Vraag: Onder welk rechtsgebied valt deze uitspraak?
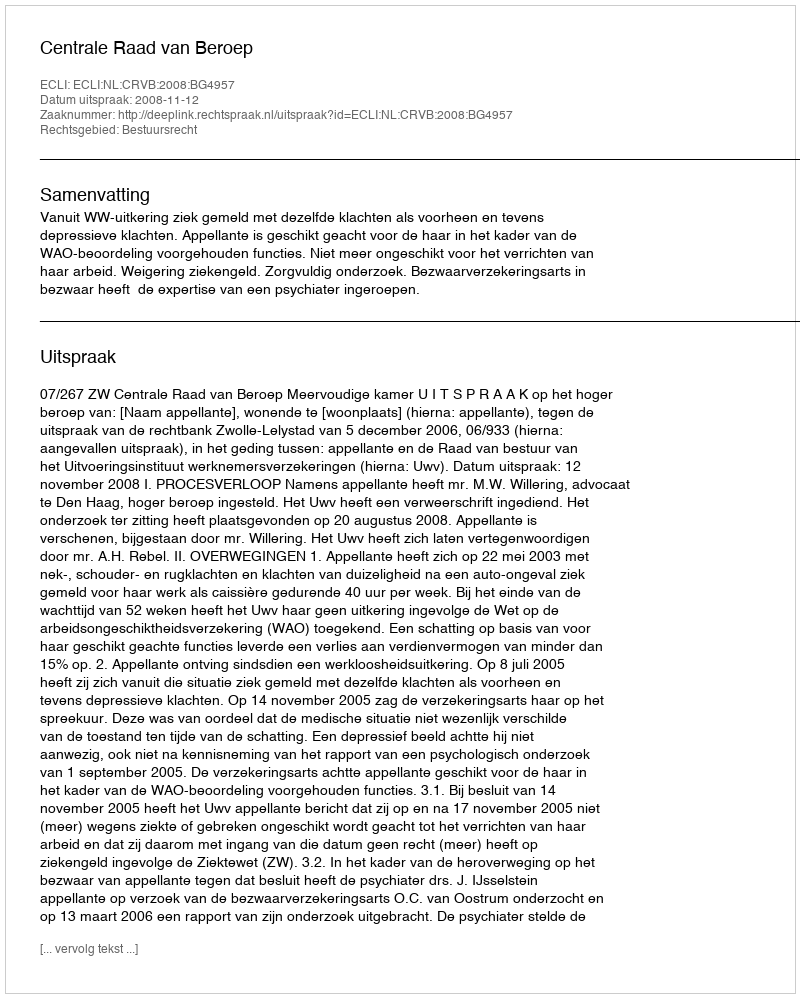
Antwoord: Bestuursrecht